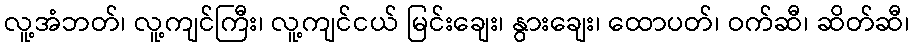
လူ့အံဘတ်၊ လူ့ကျင်ကြီး၊ လူ့ကျင်ငယ် မြင်းချေး၊ နွားချေး၊ ထောပတ်၊ ဝက်ဆီ၊ ဆိတ်ဆီ၊